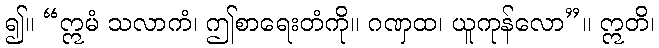
၍။ “ဣမံ သလာကံ၊ ဤစာရေးတံကို။ ဂဏှထ၊ ယူကုန်လော”။ ဣတိ၊